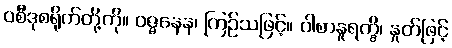
ဝစီဒုစရိုက်တို့ကို။ ဝဇ္ဇနေန၊ ကြဉ်သဖြင့်။ ဝါစာနူရက္ခိ၊ နှုတ်ဖြင့်